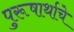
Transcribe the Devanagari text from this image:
पुरूषार्थाचे